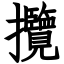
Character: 攬